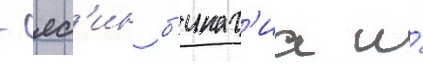
- яс'ин б'инат'иа и́